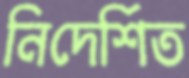
নিদের্শিত